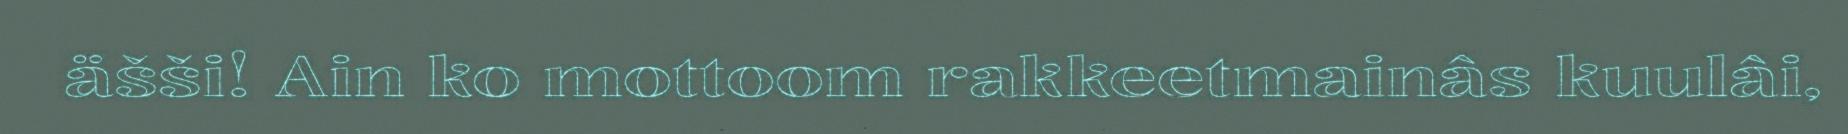
äšši! Ain ko mottoom rakkeetmainâs kuulâi,